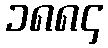
၁၈၈၄